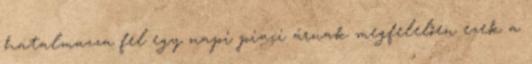
hatalmazza fel egy napi piaci árnak megfelelően ezek a